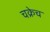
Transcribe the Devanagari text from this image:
चक्रेच